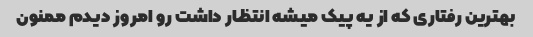
بهترین رفتاری که از یه پیک میشه انتظار داشت رو امروز دیدم ممنون